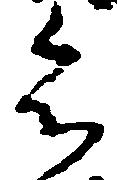
令